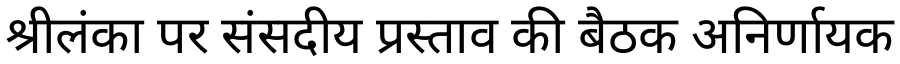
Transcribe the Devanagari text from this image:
श्रीलंका पर संसदीय प्रस्ताव की बैठक अनिर्णायक